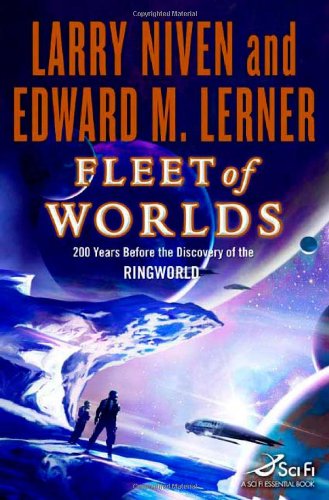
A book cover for Fleet of Worlds (Known Space); Larry Niven; Science Fiction & Fantasy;